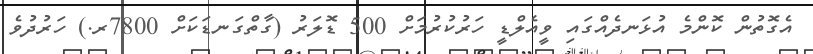
އެގޮތުން ކޮންމެ އުޅަނދެއްގައި ވީއެލްޑީ ހަރުކުރުމަށް 500 ޑޮލަރު (ގާތްގަނޑަކަށް 7800ރ.) ހަރުދުވެ